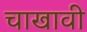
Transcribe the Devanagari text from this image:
चाखावी